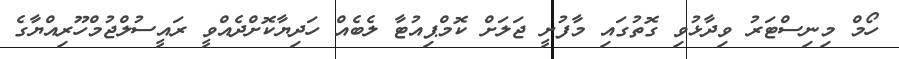
ހޯމް މިނިސްޓަރު ވިދާޅުވި ގޮތުގައި މާފުށީ ޖަލަށް ކޮމްޕިއުޓާ ލެބެއް ހަދިޔާކޮށްދެއްވީ ރައީސުލްޖުމްހޫރިއްޔާގެ